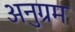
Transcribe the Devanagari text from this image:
अनुग्रम